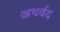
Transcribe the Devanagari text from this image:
अथर्वद